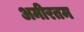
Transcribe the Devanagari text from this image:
अमीरतम